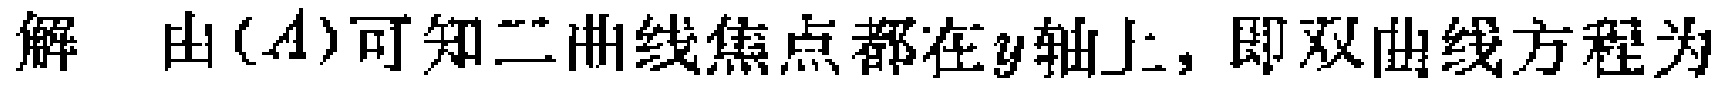
解 由$(A)$可知二曲线焦点都在$y$轴上，即双曲线方程为